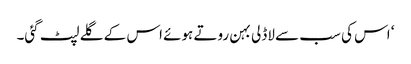
‘ اس کی سب سے لاڈلی بہن روتے ہوئے اس کے گلے لپٹ گئی۔